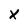
Character: x